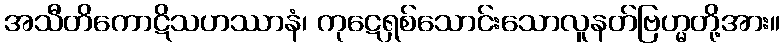
အသီတိကောဋိသဟဿာနံ၊ ကုဋေရှစ်သောင်းသောလူနတ်ဗြဟ္မတို့အား။